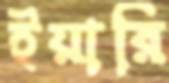
ইয়ারি